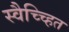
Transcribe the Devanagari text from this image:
स्वैच्च्हित